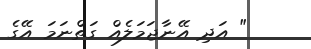
" އަދި އޭނާޖަމަލެއް ގަތްނަމަ އޭގެ